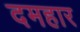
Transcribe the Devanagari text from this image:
दमहार